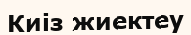
Киіз жиектеу